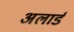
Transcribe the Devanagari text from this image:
अलार्ड